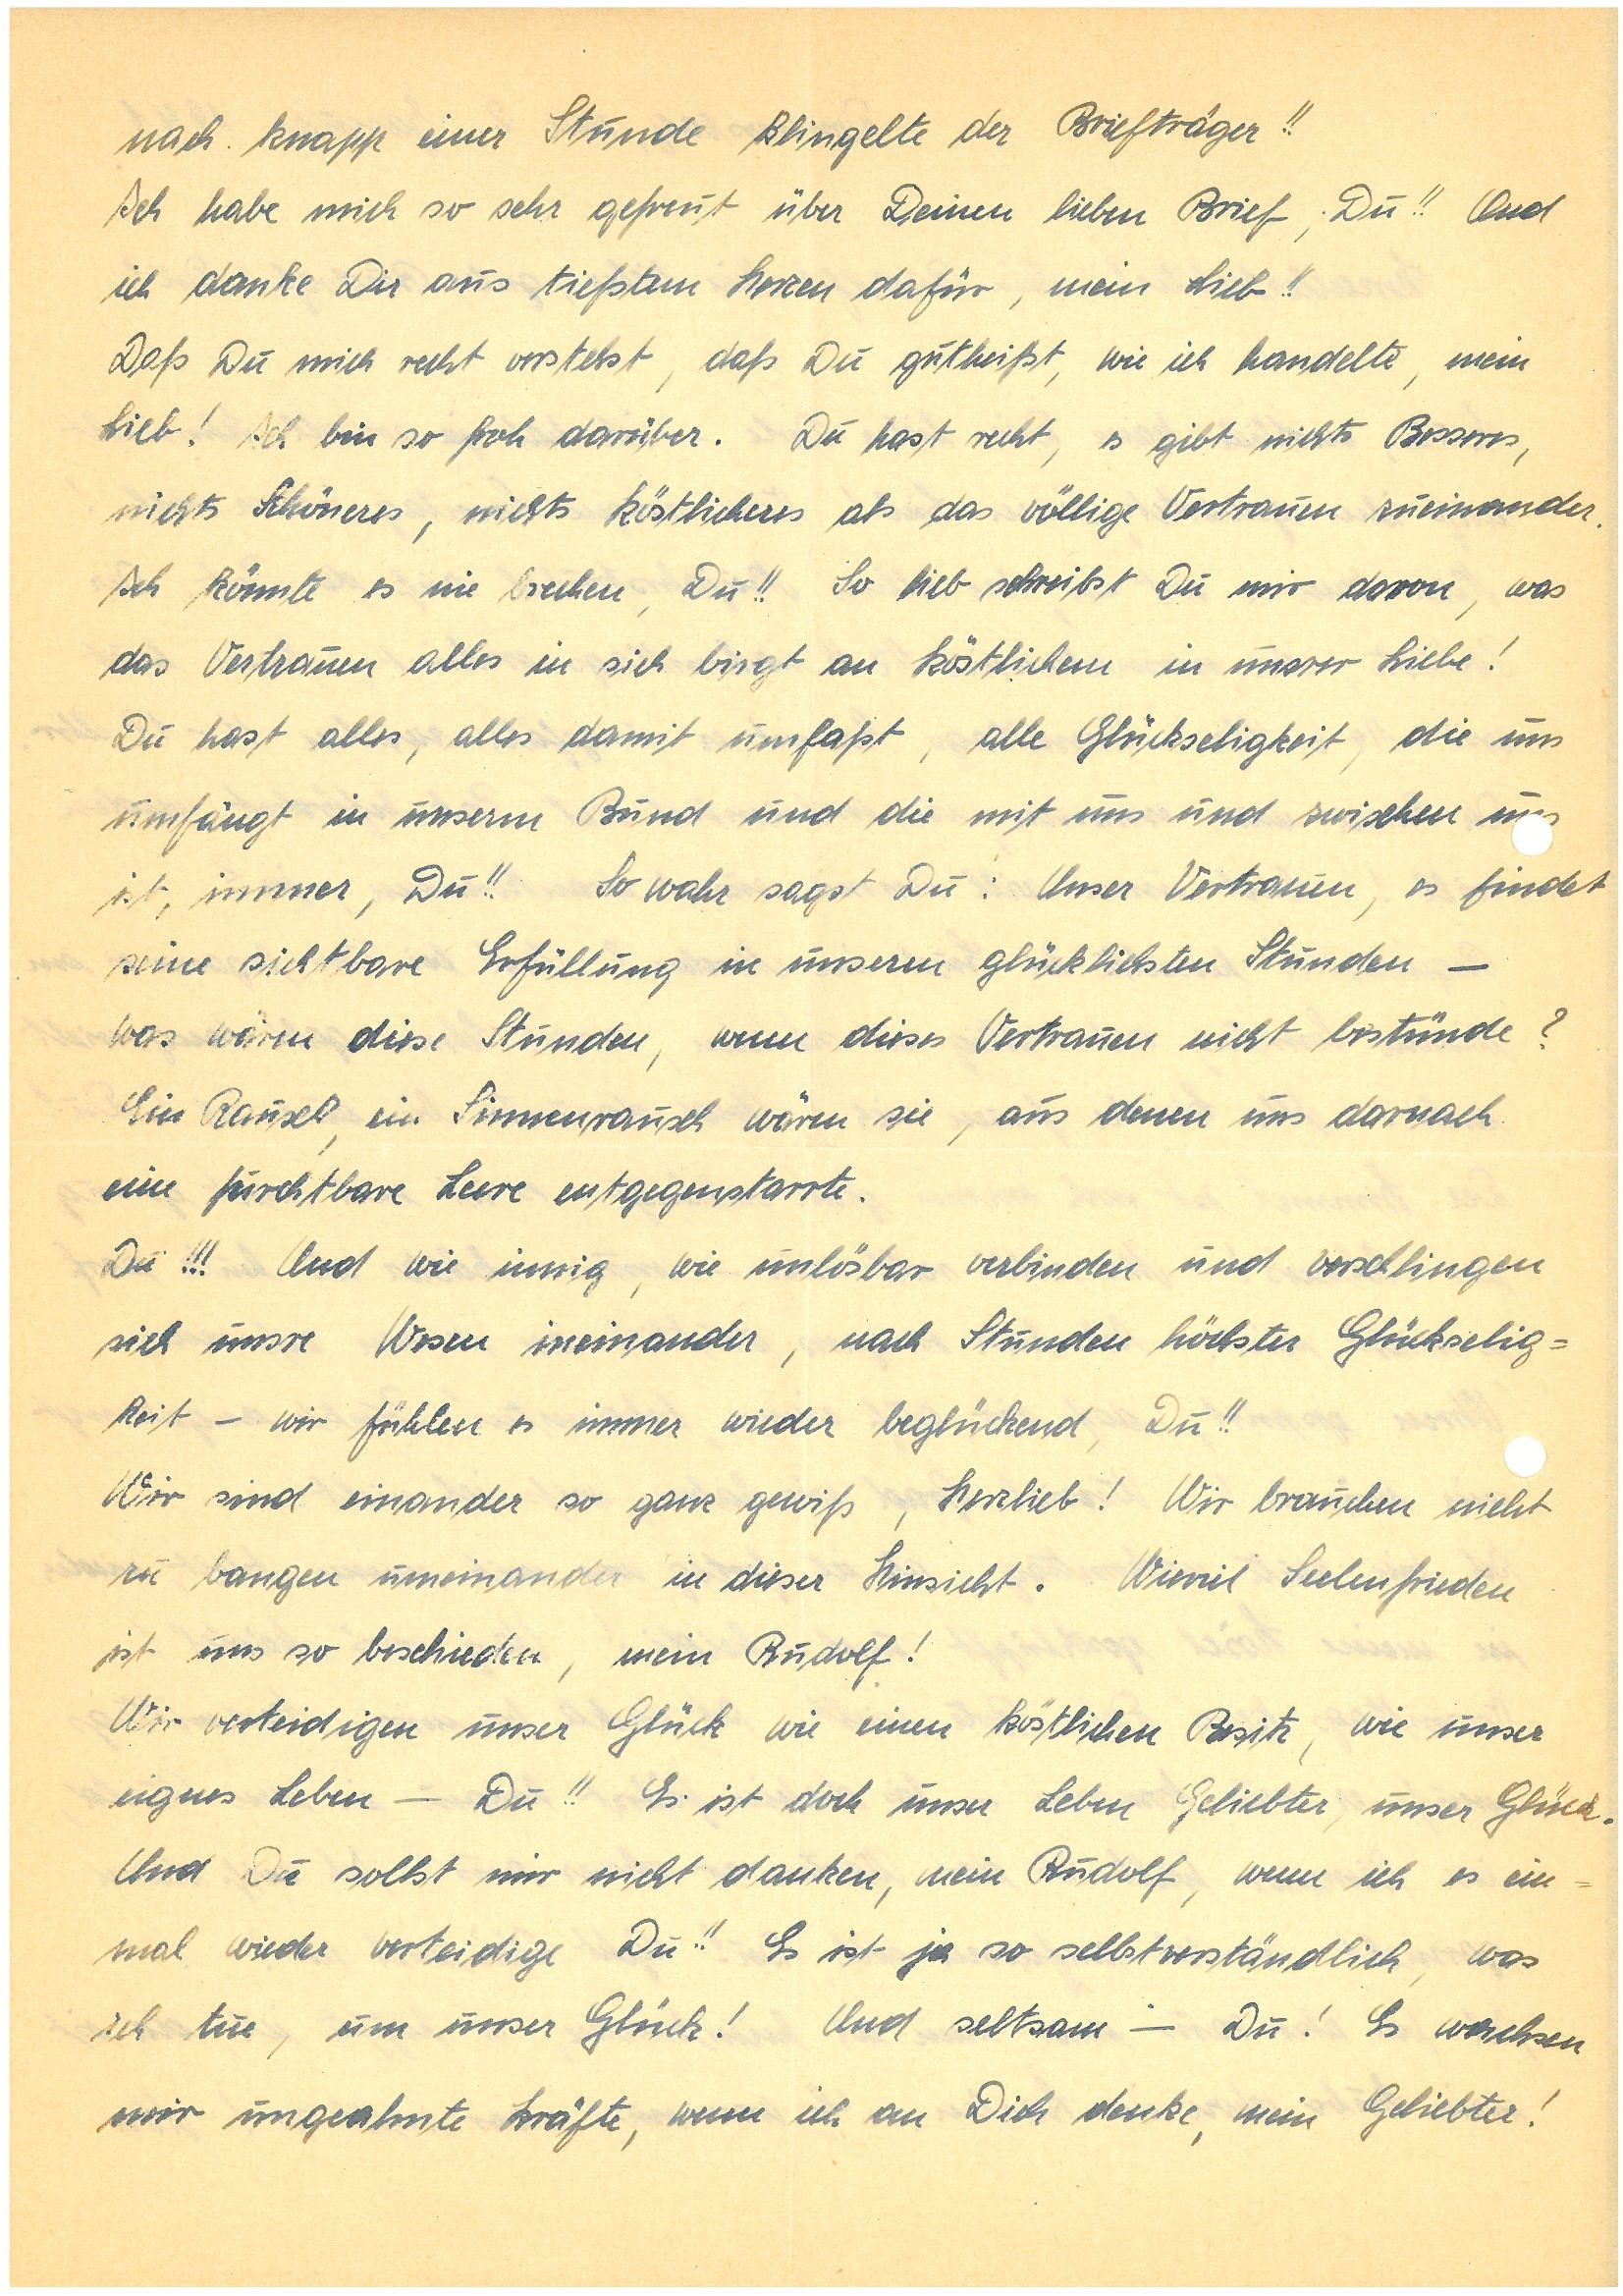
nach knapp einer Stunde klingelte der Briefträger!!
Ich habe mich so sehr gefreut über Deinen lieben Brief, Du!! Und
ich danke Dir aus tiefstem Herzen dafür, mein Lieb!!
Daß Du mich recht verstehst, daß Du gutheißt, wie ich handelte, mein
Lieb! Ich bin so froh darüber. Du hast recht, es gibt nichts Besseres,
nichts Schöneres, nichts Köstlicheres als das völlige Vertrauen zueinander.
Ich könnte es nie brechen, Du!! So lieb schreibst Du mir davon, was
das Vertrauen alles in sich birgt an Köstlichem in unsrer Liebe!
Du hast alles, alles damit umfaßt, alle Glückseligkeit, die uns
umfängt in unserm Bund und die mit uns und zwischen u
ist, immer, Du!! So wahr sagst Du: Unser Vertrauen, es findet
seine sichtbare Erfüllung in unseren glücklichsten Stunden —
was wären diese Stunden, wenn dieses Vertrauen nicht bestünde?
Ein Rausch, ein Sinnenrausch wären sie, aus denen uns darnach
eine furchtbare Leere entgegenstarrte.
Du!!! Und wie innig, wie unlösbar verbinden und verschlingen
sich unsre Wesen ineinander, nach Stunden höchster Glückselig¬
keit — wir fühlen es immer wieder beglückend, Du!!
Wir sind einander so ganz gewiß, Herzlieb! Wir brauchen nicht
zu bangen umeinander in dieser Hinsicht. Wieviel Seelenfrieden
ist uns so beschieden, mein !
Wir verteidigen unser Glück wie einen köstlichen Besitz, wie unser
eignes Leben — Du!! Es ist doch unser Leben, Geliebter, unser Glück.
Und Du sollst mir nicht danken, mein , wenn ich es ein¬
mal wieder verteidige Du! Es ist ja so selbstverständlich, was
ich tue, um unser Glück! Und seltsam — Du! Es wachsen
mir ungeahnte Kräfte, wenn ich an Dich denke, mein Geliebter!